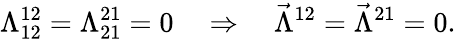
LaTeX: \Lambda_{12}^{12}=\Lambda_{21}^{21}=0\quad\Rightarrow\quad\vec{\Lambda}^{12}=\vec{\Lambda}^{21}=0.